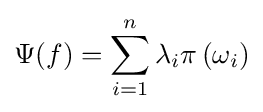
\Psi (f)=\sum _{i=1}^{n}\lambda _{i}\pi \left(\omega _{i}\right)